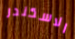
الاسكندر